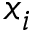
x _ { i }